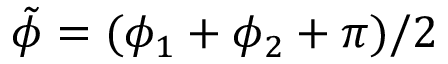
\tilde { \phi } = ( \phi _ { 1 } + \phi _ { 2 } + \pi ) / 2